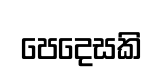
පෙදෙසකි